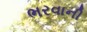
ભરવાની